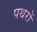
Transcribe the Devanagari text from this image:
पथरों